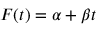
F ( t ) = \alpha + \beta t